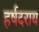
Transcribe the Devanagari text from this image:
हर्षदराय